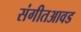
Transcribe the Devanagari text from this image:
संगीतआवड